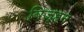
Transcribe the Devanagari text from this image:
विज्हन